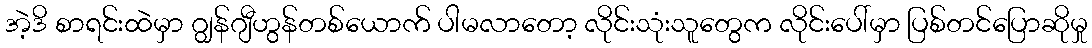
အဲ့ဒိ စာရင်းထဲမှာ ဂျွန်ဂျီဟွန်တစ်ယောက် ပါမလာတော့ လိုင်းသုံးသူတွေက လိုင်းပေါ်မှာ ပြစ်တင်ပြောဆိုမှု